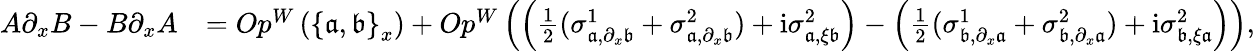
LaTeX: \begin{array}{rl}{A\partial_{x}B-B\partial_{x}A}&{=Op^{W}\left(\left\{ \mathfrak{a},\mathfrak{b}\right\} _{x}\right)+Op^{W}\left(\left(\frac{1}{2}(\sigma_{\mathfrak{a},\partial_{x}\mathfrak{b}}^{1}+\sigma_{\mathfrak{a},\partial_{x}\mathfrak{b}}^{2})+\mathrm{i}\sigma_{\mathfrak{a},\xi\mathfrak{b}}^{2}\right)-\left(\frac{1}{2}(\sigma_{\mathfrak{b},\partial_{x}\mathfrak{a}}^{1}+\sigma_{\mathfrak{b},\partial_{x}\mathfrak{a}}^{2})+\mathrm{i}\sigma_{\mathfrak{b},\xi\mathfrak{a}}^{2}\right)\right),}\end{array}